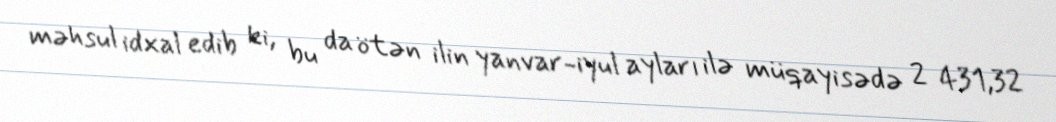
məhsul idxal edib ki, bu da ötən ilin yanvar-iyul ayları ilə müqayisədə 2 431,32